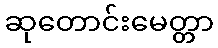
ဆုတောင်းမေတ္တာ